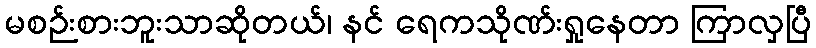
မစဉ်းစားဘူးသာဆိုတယ်၊ နင် ရေကသိုဏ်းရှုနေတာ ကြာလှပြီ